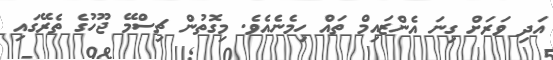
އަދި ވަރަށް ގިނަ އެންޒައިމް ތައް ހިމެނެއެވެ. މިގޮތުން ޗިސްމޭ ޖޫހުގެ ތެރޭގައި